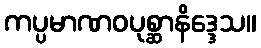
ကပ္ပမာဏဝပုစ္ဆာနိဒ္ဒေသ။